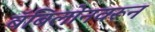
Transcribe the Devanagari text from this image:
बॅबिलोनवरून